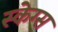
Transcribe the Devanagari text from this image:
स्केग्स